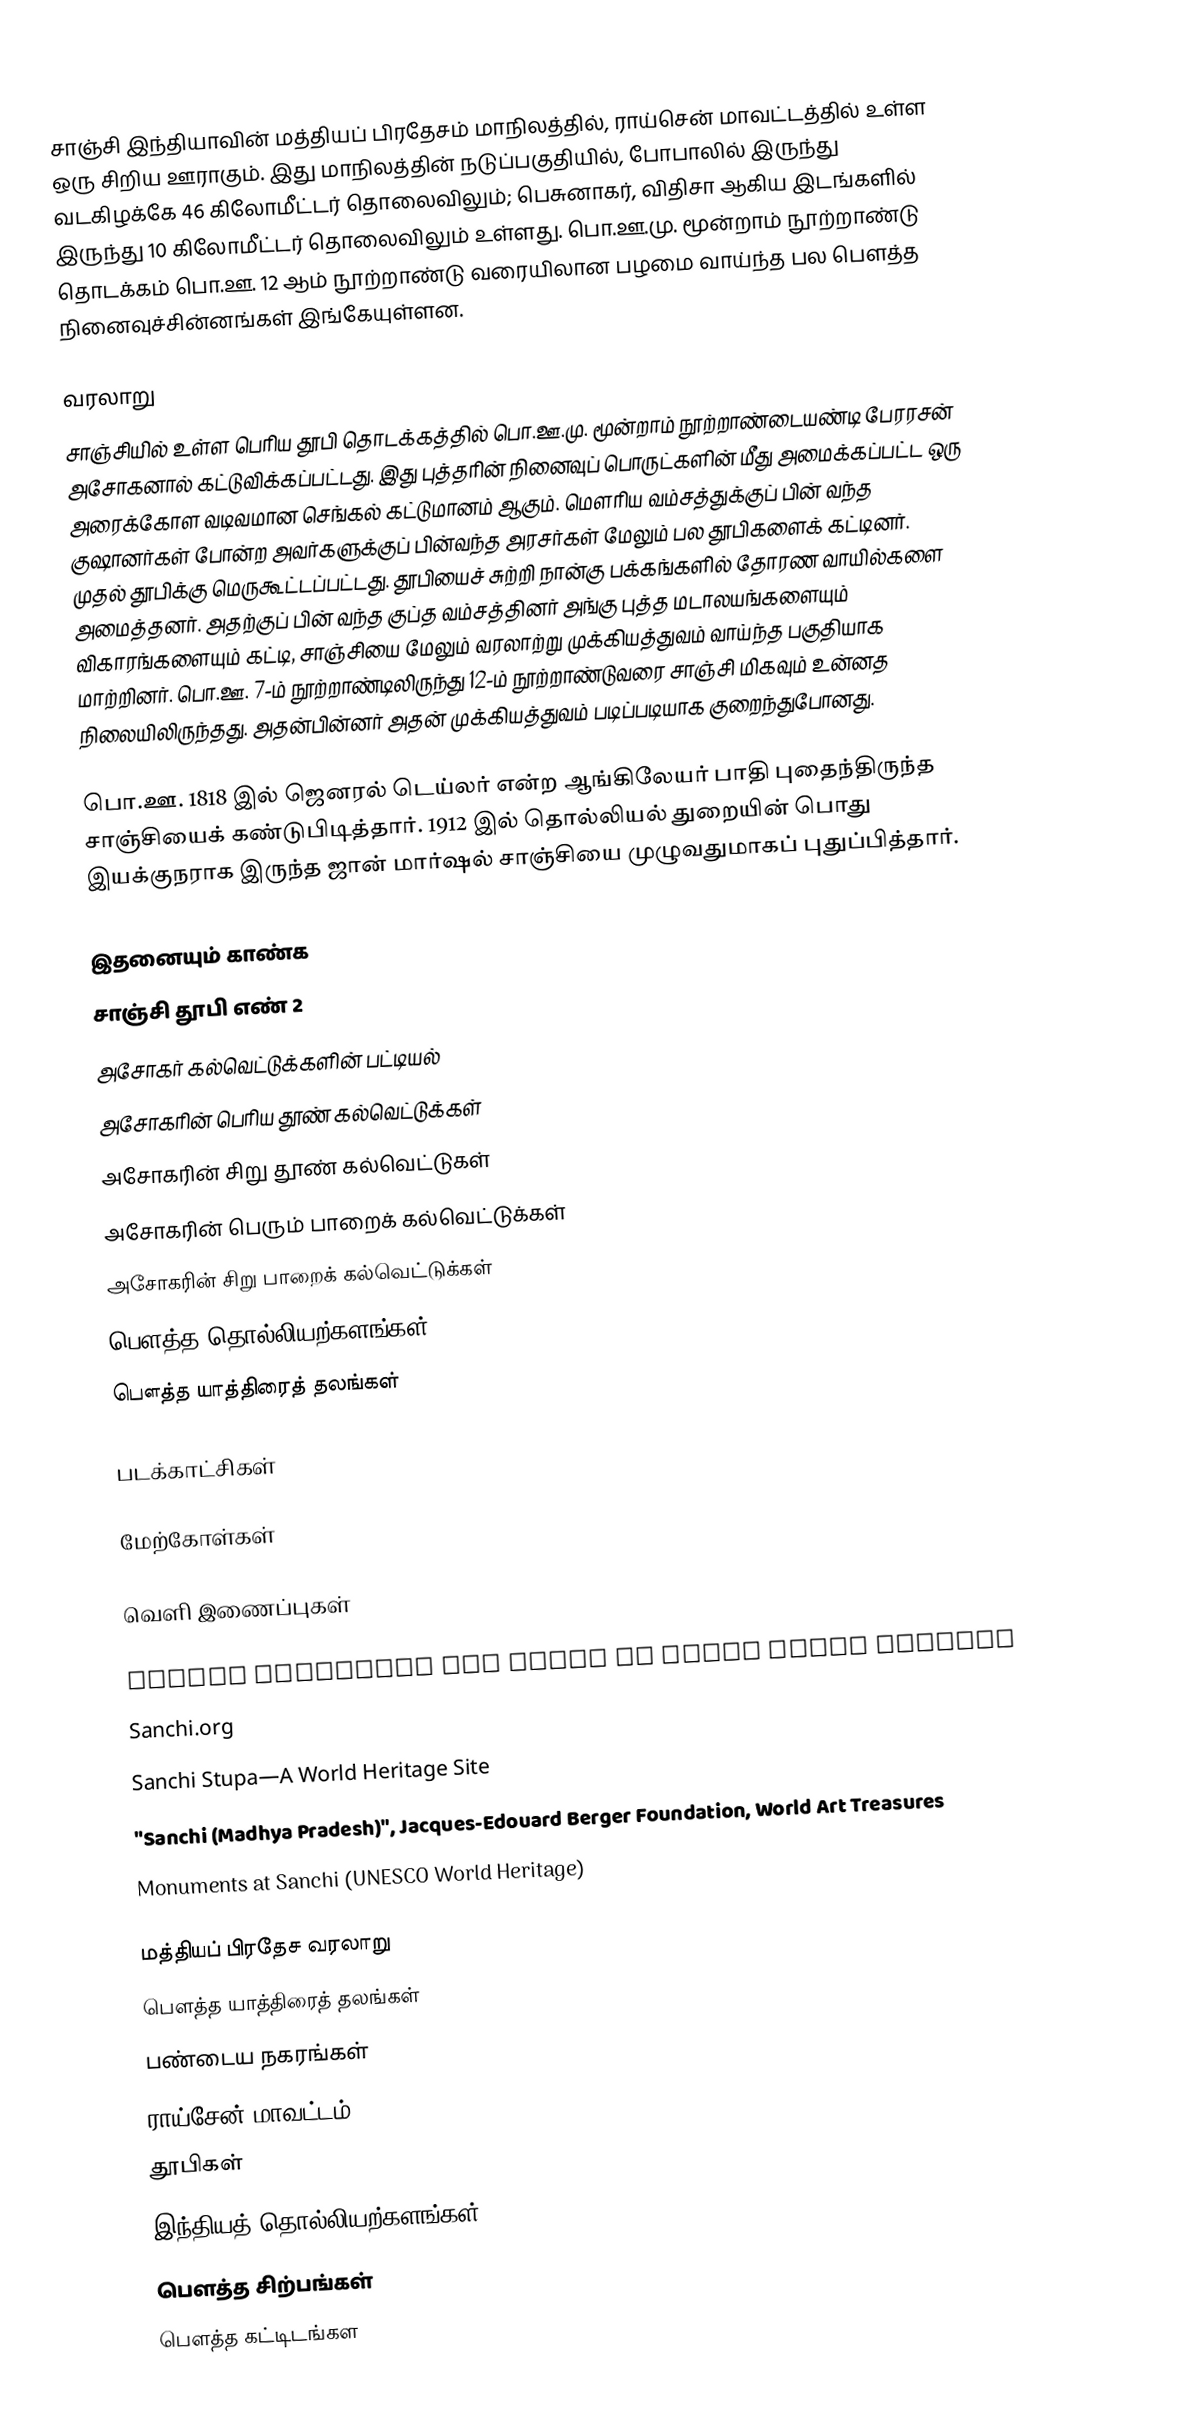
சாஞ்சி இந்தியாவின் மத்தியப் பிரதேசம் மாநிலத்தில், ராய்சென் மாவட்டத்தில் உள்ள ஒரு சிறிய ஊராகும். இது மாநிலத்தின் நடுப்பகுதியில், போபாலில் இருந்து வடகிழக்கே 46 கிலோமீட்டர் தொலைவிலும்; பெசுனாகர், விதிசா ஆகிய இடங்களில் இருந்து 10 கிலோமீட்டர் தொலைவிலும் உள்ளது. பொ.ஊ.மு. மூன்றாம் நூற்றாண்டு தொடக்கம் பொ.ஊ. 12 ஆம் நூற்றாண்டு வரையிலான பழமை வாய்ந்த பல பௌத்த நினைவுச்சின்னங்கள் இங்கேயுள்ளன.

வரலாறு
சாஞ்சியில் உள்ள பெரிய தூபி தொடக்கத்தில் பொ.ஊ.மு. மூன்றாம் நூற்றாண்டையண்டி பேரரசன் அசோகனால் கட்டுவிக்கப்பட்டது. இது புத்தரின் நினைவுப் பொருட்களின் மீது அமைக்கப்பட்ட ஒரு அரைக்கோள வடிவமான செங்கல் கட்டுமானம் ஆகும். மௌரிய வம்சத்துக்குப் பின் வந்த குஷானர்கள் போன்ற அவர்களுக்குப் பின்வந்த அரசர்கள் மேலும் பல தூபிகளைக் கட்டினர். முதல் தூபிக்கு மெருகூட்டப்பட்டது. தூபியைச் சுற்றி நான்கு பக்கங்களில் தோரண வாயில்களை அமைத்தனர். அதற்குப் பின் வந்த குப்த வம்சத்தினர் அங்கு புத்த மடாலயங்களையும் விகாரங்களையும் கட்டி, சாஞ்சியை மேலும் வரலாற்று முக்கியத்துவம் வாய்ந்த பகுதியாக மாற்றினர். பொ.ஊ. 7-ம் நூற்றாண்டிலிருந்து 12-ம் நூற்றாண்டுவரை சாஞ்சி மிகவும் உன்னத நிலையிலிருந்தது. அதன்பின்னர் அதன் முக்கியத்துவம் படிப்படியாக குறைந்துபோனது.

பொ.ஊ. 1818 இல் ஜெனரல் டெய்லர் என்ற ஆங்கிலேயர் பாதி புதைந்திருந்த சாஞ்சியைக் கண்டுபிடித்தார். 1912 இல் தொல்லியல் துறையின் பொது இயக்குநராக இருந்த ஜான் மார்ஷல் சாஞ்சியை முழுவதுமாகப் புதுப்பித்தார்.

இதனையும் காண்க
 சாஞ்சி தூபி எண் 2
 அசோகர் கல்வெட்டுக்களின் பட்டியல்
 அசோகரின் பெரிய தூண் கல்வெட்டுக்கள்
 அசோகரின் சிறு தூண் கல்வெட்டுகள்
 அசோகரின் பெரும் பாறைக் கல்வெட்டுக்கள்
 அசோகரின் சிறு பாறைக் கல்வெட்டுக்கள்
 பௌத்த தொல்லியற்களங்கள்
 பௌத்த யாத்திரைத் தலங்கள்

படக்காட்சிகள்

மேற்கோள்கள்

வெளி இணைப்புகள்

   Source Documents and Texts in South Asian Studies
  Sanchi.org
    Sanchi Stupa—A World Heritage Site
 "Sanchi (Madhya Pradesh)", Jacques-Edouard Berger Foundation, World Art Treasures
 Monuments at Sanchi (UNESCO World Heritage)

மத்தியப் பிரதேச வரலாறு
பௌத்த யாத்திரைத் தலங்கள்
பண்டைய நகரங்கள்
ராய்சேன் மாவட்டம்
தூபிகள்
இந்தியத் தொல்லியற்களங்கள்
பௌத்த சிற்பங்கள்
பௌத்த கட்டிடங்கள